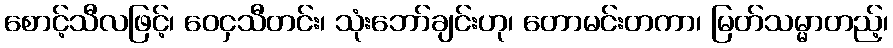
စောင့်သီလဖြင့်၊ ဝေငှသီတင်း၊ သုံးဘော်ချင်းဟု၊ တောမင်းတကာ၊ မြတ်သမ္မာတည့်၊